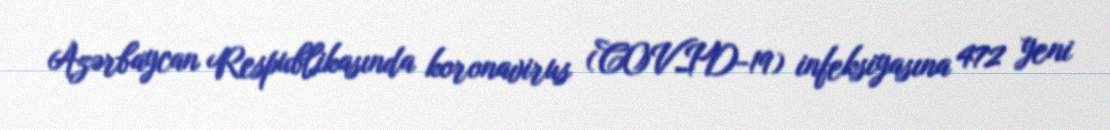
Azərbaycan Respublikasında koronavirus (COVID-19) infeksiyasına 472 yeni